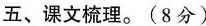
五、课文梳理。(8分)